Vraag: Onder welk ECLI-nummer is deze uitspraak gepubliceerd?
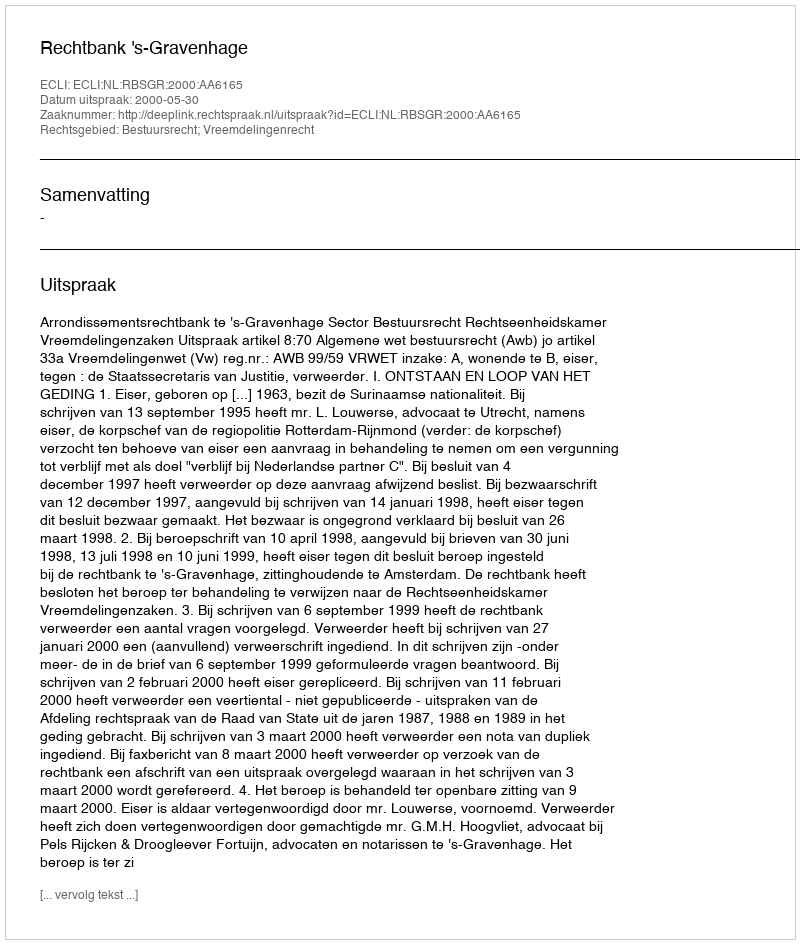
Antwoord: ECLI:NL:RBSGR:2000:AA6165